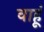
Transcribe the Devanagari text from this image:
वाहूं